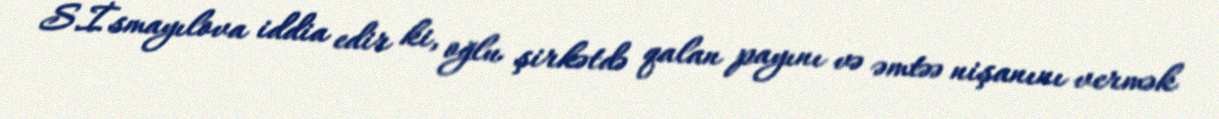
S.İsmayılova iddia edir ki, oğlu şirkətdə qalan payını və əmtəə nişanını vermək